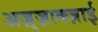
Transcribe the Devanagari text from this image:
अज़्ज़ाक्ज़ाई